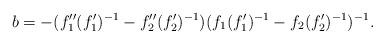
LaTeX: \begin{align*}b=-(f_1''(f_1')^{-1}-f_2''(f_2')^{-1})(f_1(f_1')^{-1}-f_2(f_2')^{-1})^{-1}.\end{align*}